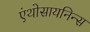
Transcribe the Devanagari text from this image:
एंथोसायनिन्स